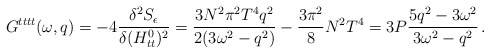
\begin{align*}G^{tttt}(\omega,q) = - 4 {\delta^2 S_{\epsilon}\over \delta (H_{tt}^0)^2} = {3N^2\pi^2 T^4 q^2\over 2 (3\omega^2 - q^2)} - {3 \pi^2 \over 8} N^2 T^4 = 3P\frac{5q^2-3\omega^2}{3\omega^2-q^2}\,.\end{align*}